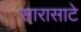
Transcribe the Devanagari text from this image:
सारासाटे